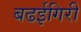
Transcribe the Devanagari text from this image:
बढईगिरी